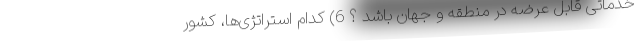
خدماتی قابلِ عرضه در منطقه و جهان باشد ؟ 6) کدام استراتژی­ها، کشور